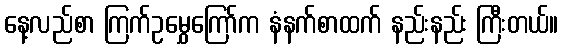
နေ့လည်စာ ကြက်ဥမွှေကြော်က နံနက်စာထက် နည်းနည်း ကြီးတယ်။